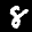
Label: 8